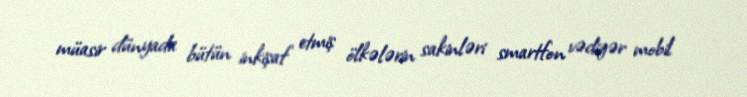
müasir dünyada bütün inkişaf etmiş ölkələrin sakinləri smartfon vədigər mobil